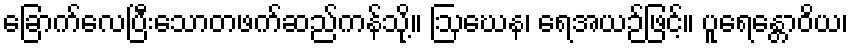
ခြောက်လေပြီးသောတဖက်ဆည်ကန်သို့။ ဩဃေန၊ ရေအယဉ်ဖြင့်။ ပူရေန္တောဝိယ၊